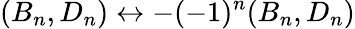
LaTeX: (B_{n},D_{n})\leftrightarrow-(-1)^{n}(B_{n},D_{n})